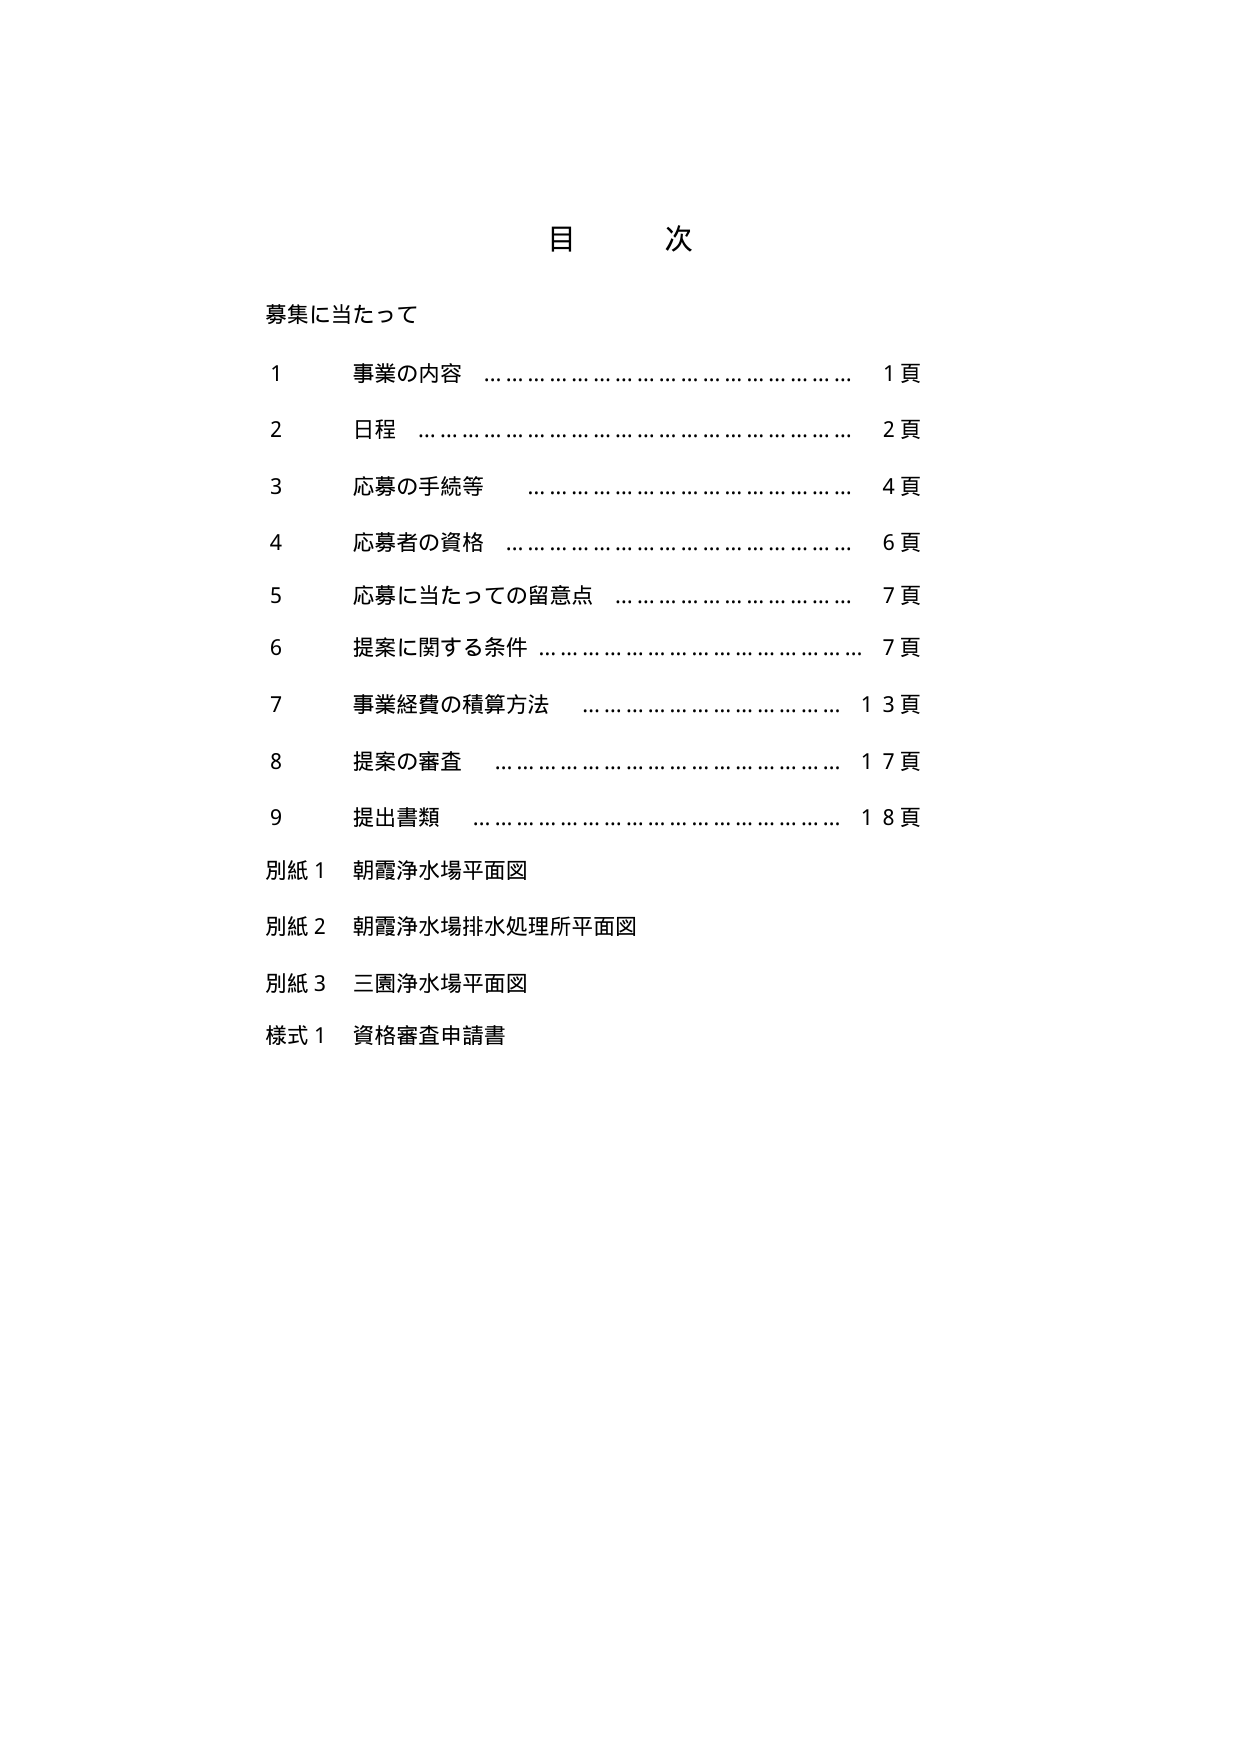
目 次

募集に当たって

1 事業の内容 ……………………………… 1頁
2 日程 ……………………………………… 2頁
3 応募の手続等 …………………………… 4頁
4 応募者の資格 …………………………… 6頁
5 応募に当たっての留意点 ………………… 7頁
6 提案に関する条件 ……………………… 7頁
7 事業経費の積算方法 …………………… 13頁
8 提案の審査 ……………………………… 17頁
9 提出書類 ………………………………… 18頁

別紙1 朝霞浄水場平面図
別紙2 朝霞浄水場排水処理所平面図
別紙3 三園浄水場平面図
様式1 資格審査申請書